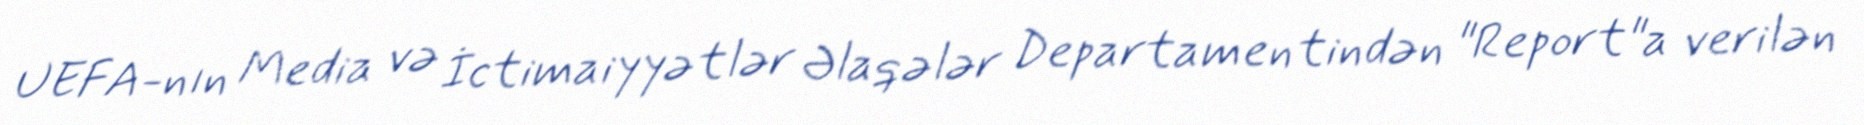
UEFA-nın Media və İctimaiyyətlər Əlaqələr Departamentindən "Report"a verilən